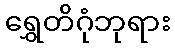
ရွှေတိဂုံဘုရား